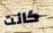
كانت